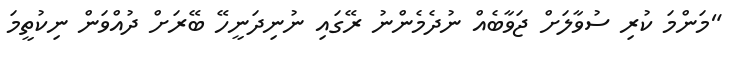
"މަންމަ ކުރި ސުވާލަށް ޖަވާބެއް ނުދެމެންނު ރޭގައި ނުނިދަނީހޭ ބޭރަށް ދުއްވަން ނިކުތީމަ